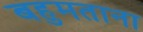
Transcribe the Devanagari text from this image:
बहुमताना